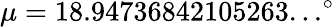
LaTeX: \mu=18.94736842105263...^{\circ}